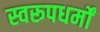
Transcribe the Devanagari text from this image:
स्वरूपधर्मों